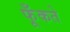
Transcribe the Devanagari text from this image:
फूँकते